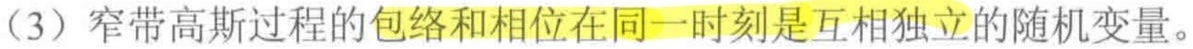
（3）窄带高斯过程的包络和相位在同一时刻是互相独立的随机变量。